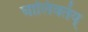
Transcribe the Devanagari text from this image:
घालिवतंय्